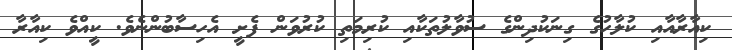
ކިއާރާއާއި ކުލާހުގެ ގިނަކުދިންގެ ސުވާލުތަކާއި ކުރިމަތި ކުރުވަން ފެށީ އެހިސާބުންނެވެ. ކީއްވެ ކިއާރާ